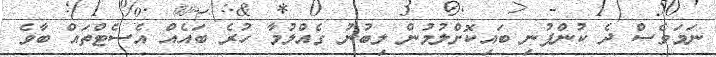
ނަމަވެސް ދެ ކުންފުނި ބައިކޮށްލުމުން ލިބުނު ގެއްލުމާ ހުރެ ބައެއް އެސެޓްތައް ބާވެ